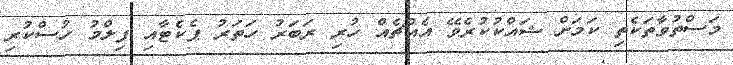
މަސްތުވާތަކެތި ކަމަށް ޝައްކުކުރެވޭ އެއްޗެއް ހުރި ރަބަރު ހަތަރު ޕެކެޓާއި ފިލްމު ހުސްކުރި